Leaving Certificate, 1898
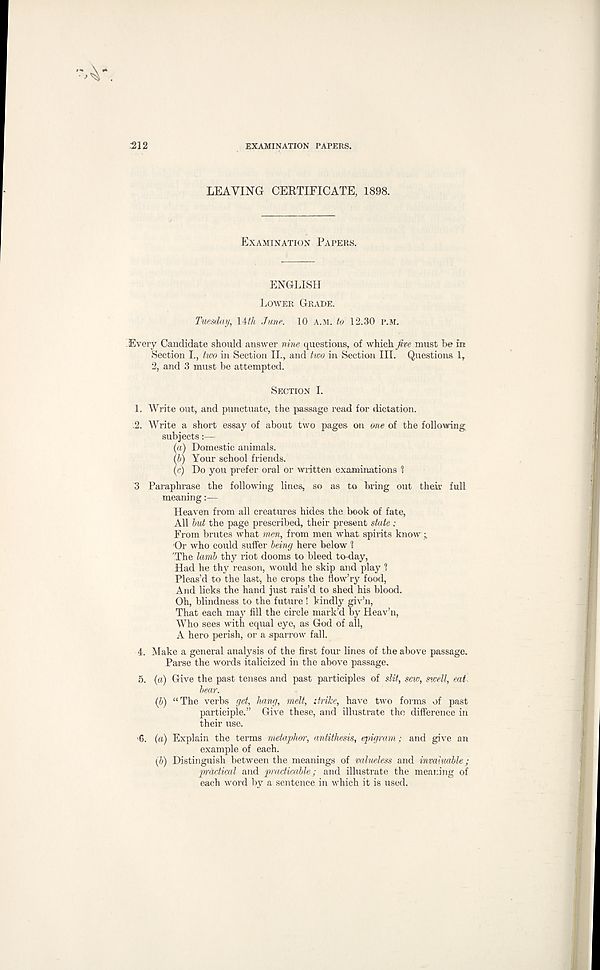
■ 212
EXAMINATION PAPERS.
LEAVING CERTIFICATE, 1898.
EXAMINATION PAPERS.
ENGLISH
LOWER GRADE.
Tuesday, lith June. 10 A.M. to 12.30 P.M.
Every Candidate should answer nine questions, of which five must he in
Section L, two in Section II., and two in Section III. Questions 1,
2, and 3 must be attempted.
SECTION I.
1. Write out, and punctuate, the passage read for dictation.
.2. Write a short essay of about two pages on one of the following
subjects:—
(a) Domestic animals.
(b) Your school friends.
(c) Do you prefer oral or written examinations 1
"3 Paraphrase the following lines, so as to bring out thear full
meaning:—
Heaven from all creatures hides the book of fate,
All but the page prescribed, their present state :
From brutes what men, from men what spirits know ;
'Or who could suffer being here below 1
'The lamb thy riot dooms to bleed to-day,
Had he thy reason, would he skip and play 1
Pleas’d to the last, he crops the flow’ry food,
And licks the hand just rais’d to shed his blood.
Oh, blindness to the future ! kindly giv’n,
That each may fill the circle mark’d by Heav’n,
Who sees with equal eye, as God of all,
A hero perish, or a sparrow fall.
4. Make a general analysis of the first four lines of the above passage.
Parse the words italicized in the above passage.
5. (a) Give the past tenses and past participles of slit, sew, swell, eat.
bear.
(b) “The verbs get, hang, melt, strike, have two forms of past
participle.” Give these, and illustrate tho difference in
their use.
i 6. (a) Explain the terms metaphor, antithesis, epigram; and give an
example of each.
ifi) Distinguish between the meanings of valueless and invaluable;
practical and practicable; and illustrate the meaning of
each word by a sentence in which it is used.